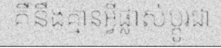
គឺនឹងគ្មានអ្វីផ្លាស់ប្តូរជា